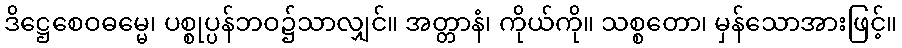
ဒိဋ္ဌေစေဝဓမ္မေ၊ ပစ္စုပ္ပန်ဘဝ၌သာလျှင်။ အတ္တာနံ၊ ကိုယ်ကို။ သစ္စတော၊ မှန်သောအားဖြင့်။